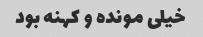
خیلى مونده و کهنه بود